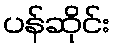
ပန်ဆိုင်း